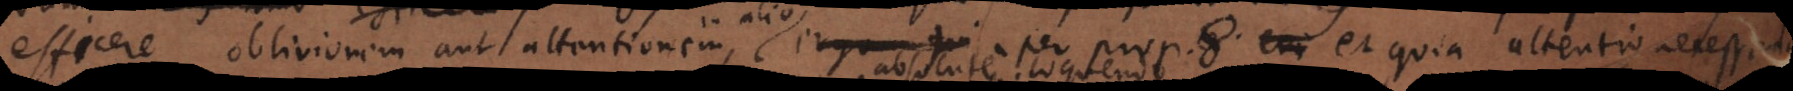
efficere oblivionem aut attentionem in alio per prop. 8. et quia attentio necessaria